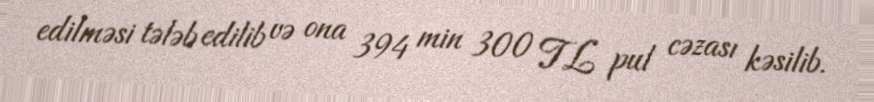
edilməsi tələb edilib və ona 394 min 300 TL pul cəzası kəsilib.